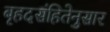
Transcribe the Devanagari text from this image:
बृहदसंहितेनुसार